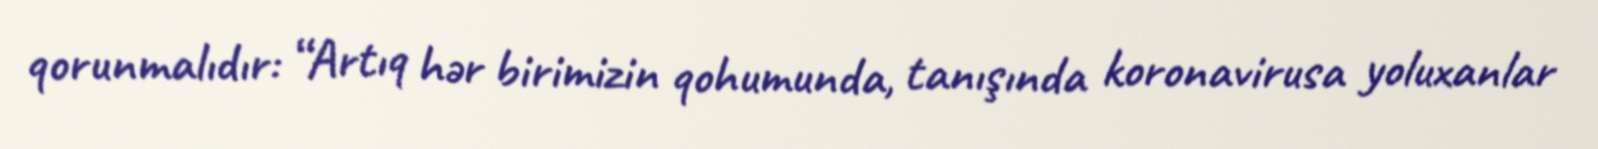
qorunmalıdır: “Artıq hər birimizin qohumunda, tanışında koronavirusa yoluxanlar